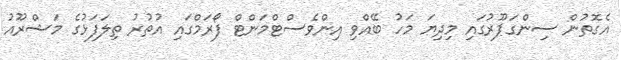
އެގޮތުން ސިންގަޕޫރުގައި މިދިޔަ މަހު ބޭއްވި އިންވެސްޓްމަންޓް ފޯރަމްގައި އުތުރު ތިލަފަޅުގެ މަޝްރޫއު